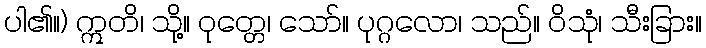
ပါ၏။) ဣတိ၊ သို့။ ဝုတ္တေ၊ သော်။ ပုဂ္ဂလော၊ သည်။ ဝိသုံ၊ သီးခြား။